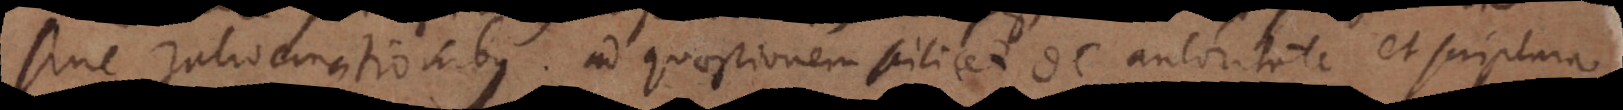
sine ratiocinationibus ad quaestionem scilicet de autoritate et scriptura